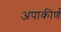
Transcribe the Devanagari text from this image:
अपाकीर्ण